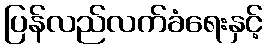
ပြန်လည်လက်ခံရေးနှင့်